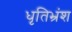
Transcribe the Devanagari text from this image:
धृतिभ्रंश